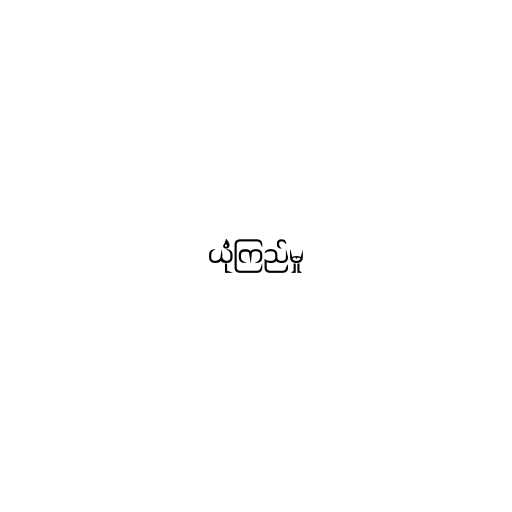
ယုံကြည်မှု